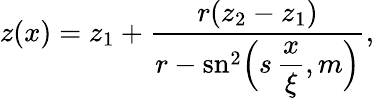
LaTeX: \begin{array}{l}{\displaystyle{z(x)=z_{1}+\frac{r(z_{2}-z_{1})}{r-\mathrm{sn}^{2}\Big(\displaystyle{s\, \frac{x}{\xi}},m\Big)},}}\end{array}